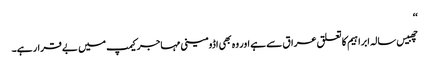
‘‘
چھبیس سالہ ابراہیم کا تعلق عراق سے ہے اور وہ بھی اڈومینی مہاجر کیمپ میں بے قرار ہے۔